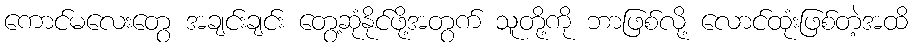
ကောင်မလေးတွေ အချင်းချင်း တွေ့ဆုံနိုင်ဖို့အတွက် သူတို့ကို ဘာဖြစ်လို့ လောင်ထုံးဖြစ်တဲ့အထိ